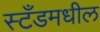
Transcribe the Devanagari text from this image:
स्टँडमधील